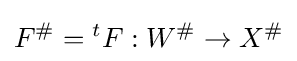
F^{\#}={}^{t}F:W^{\#}\to X^{\#}